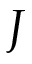
J